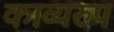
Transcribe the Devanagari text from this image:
काव्यरुप